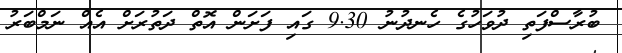
ބުރާސްފަތި ދުވަހުގެ ހެނދުނު 9.30 ގައި ފަށަން އޮތް ދަތުރަށް އެއް ނަމްބަރު